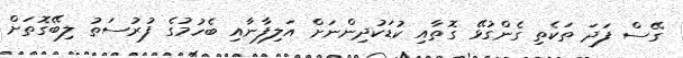
ގޭސް ފަދަ ތަކެތި ގެންގުޅޭ ގޮތާއި ކުޑަކުދިންނަށް އަލިފާނާއި ބެހުމުގެ ފުރުސަތު ލިބޭގޮތަށް